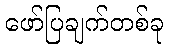
ဖော်ပြချက်တစ်ခု